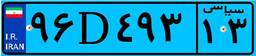
۹۶D۴۹۳۱۳